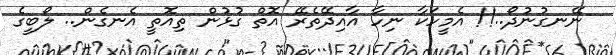
ނޭނގުނުދޯ..!! އެމީހަކާ ނިހާ އާއިދޭތެރޭ އޮތް ގުޅުން ތިއޮތީ އެނގެން.. ލޯބީގެ